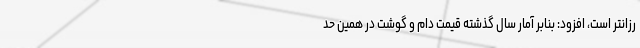
رزانتر است، افزود: بنابر آمار سال گذشته قیمت دام و گوشت در همین حد